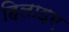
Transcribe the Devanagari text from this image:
हिलाइए